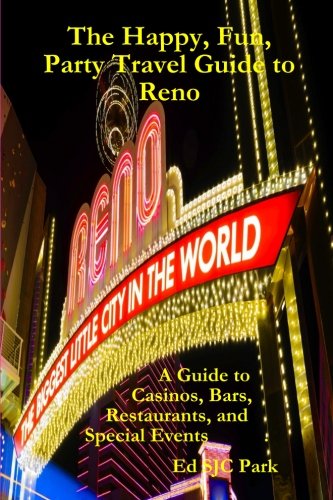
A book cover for The Happy, Fun, Party Travel Guide to Reno: A Guide to Casinos, Bars, Restaurants, and Special Events in Reno and Sparks; Ed Sjc Park; Travel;